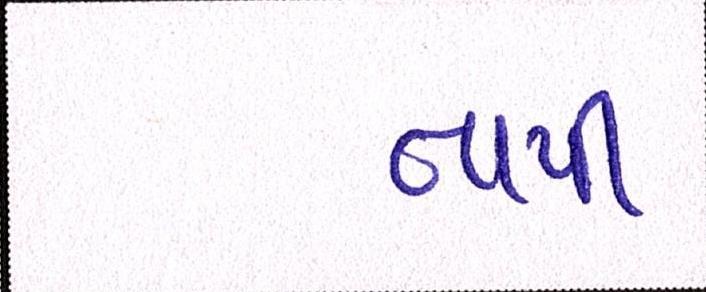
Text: તાપી